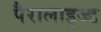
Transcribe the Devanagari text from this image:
पैरालाइज्ड